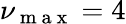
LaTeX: \nu_{\mathrm{~m~a~x~}}=4